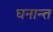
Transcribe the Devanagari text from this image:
घनान्त